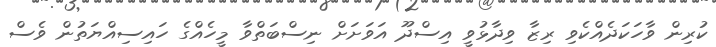
ކުރިން ވާހަކަދެއްކެވި ރިޒާ ވިދާޅުވީ އިސްދޫ އަވަށަށް ނިސްބަތްވާ މީހެއްގެ ހައިސިއްޔަތުން ވެސް